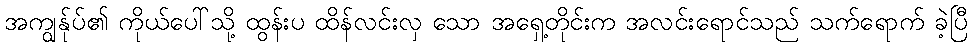
အကျွန်ုပ်၏ ကိုယ်ပေါ်သို့ ထွန်းပ ထိန်လင်းလှ သော အရှေ့တိုင်းက အလင်းရောင်သည် သက်ရောက် ခဲ့ပြီ